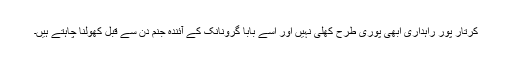
کرتار پور راہداری ابھی پوری طرح کھلی نہیں اور اسے بابا گرونانک کے آئندہ جنم دن سے قبل کھولنا چاہتے ہیں۔